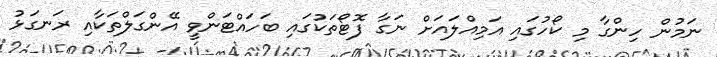
ނަމުން ހިންގާ މި ކޯހުގައި އަމިއްލައަށް ނަގާ ފޮޓޯތަކުގައި ބަހައްޓަންވީ އޭންގަލްތަކާއި ރަނގަޅު